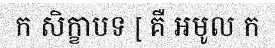
ក សិក្ខាបទ [ គឺ អមូល ក